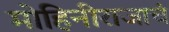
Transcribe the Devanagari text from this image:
मोहिनीराजाचं